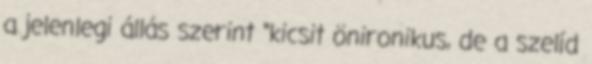
a jelenlegi állás szerint "kicsit önironikus, de a szelíd